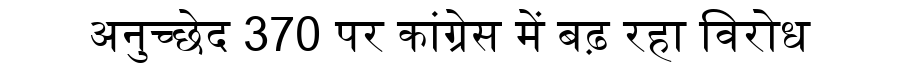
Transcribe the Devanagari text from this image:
अनुच्छेद 370 पर कांग्रेस में बढ़ रहा विरोध